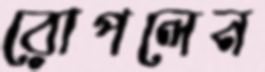
রোপলেন